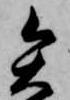
矢